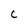
Character: C